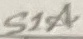
Text: S1A